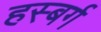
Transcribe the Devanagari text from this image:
हस्बर्ग